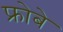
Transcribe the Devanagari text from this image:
फ्रोबे